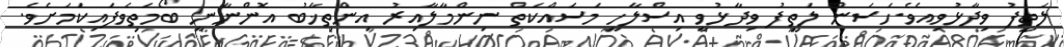
ލަތީފު ވިދާޅުވިއެވެ.ހަސަން ލަތީފު ވިދާޅުވީ އިސްލާހީ މަސައްކަތް ނިންމާލާއިރު އިންތިޚާބު އޮންނާނީ ބޯމަތިވެފައިކަމަށެވެ.